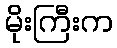
မိုးကြီးက